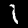
Label: 1